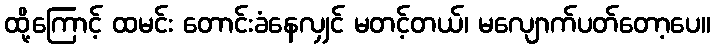
ထို့ကြောင့် ထမင်း တောင်းခံနေလျှင် မတင့်တယ်၊ မလျောက်ပတ်တော့ပေ။